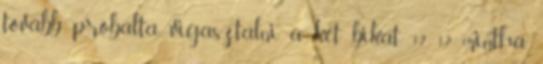
tovább próbálta vigasztalni a két bikát, 12 12 mintha